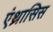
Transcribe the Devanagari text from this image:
एंथ्रासिस